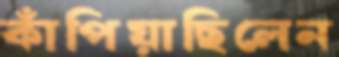
কাঁপিয়াছিলেন